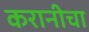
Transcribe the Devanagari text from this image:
करानीचा